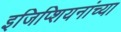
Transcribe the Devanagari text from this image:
इजिप्शियनांच्या